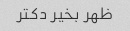
ظهر بخیر دکتر